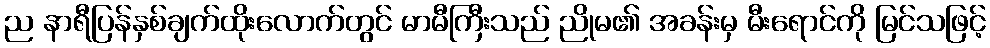
ည နာရီပြန်နှစ်ချက်ထိုးလောက်တွင် မာမီကြီးသည် ညိုမ၏ အခန်းမှ မီးရောင်ကို မြင်သဖြင့်